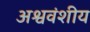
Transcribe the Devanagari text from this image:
अश्ववंशीय